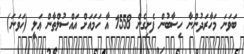
ބަވަނަ މަހާރަދުންނާ ހިސާބުން ފެށިގެން 1558 އާ ހަމައަށް އައްސުލްޠާން ޢަލީ (ހަވަނަ)